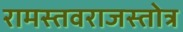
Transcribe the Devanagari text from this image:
रामस्तवराजस्तोत्र